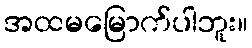
အထမမြောက်ပါဘူး။